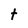
Character: t